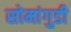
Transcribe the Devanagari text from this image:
सोमांगुडी